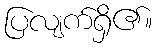
ပြလျက်ရှိ၏။